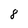
Character: 8